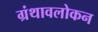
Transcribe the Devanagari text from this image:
ग्रंथावलोकन